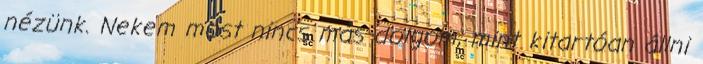
nézünk. Nekem most nincs más dolgom, mint kitartóan állni